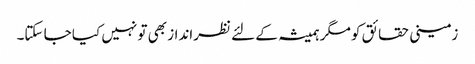
زمینی حقائق کو مگر ہمیشہ کے لئے نظرانداز بھی تو نہیں کیا جا سکتا۔